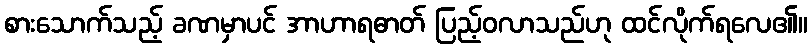
စားသောက်သည့် ခဏမှာပင် အာဟာရဓာတ် ပြည့်ဝလာသည်ဟု ထင်လိုက်ရလေ၏။